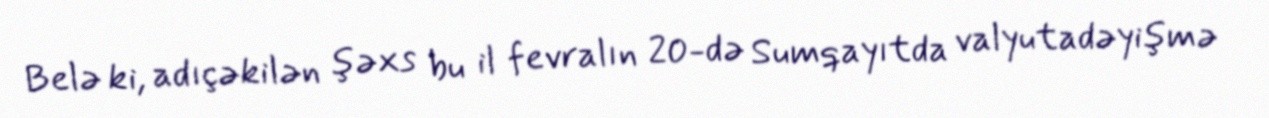
Belə ki, adıçəkilən şəxs bu il fevralın 20-də Sumqayıtda valyutadəyişmə